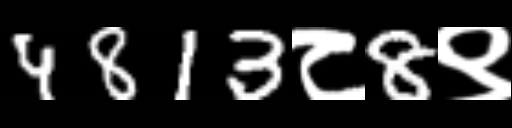
Text: 4813८8९